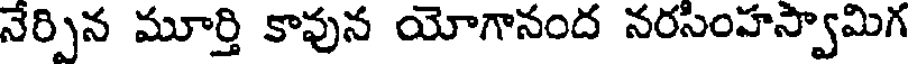
నేర్పిన మూర్తి కావున యోగానంద నరసింహస్వామిగ